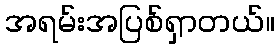
အရမ်းအပြစ်ရှာတယ်။